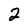
Character: 2